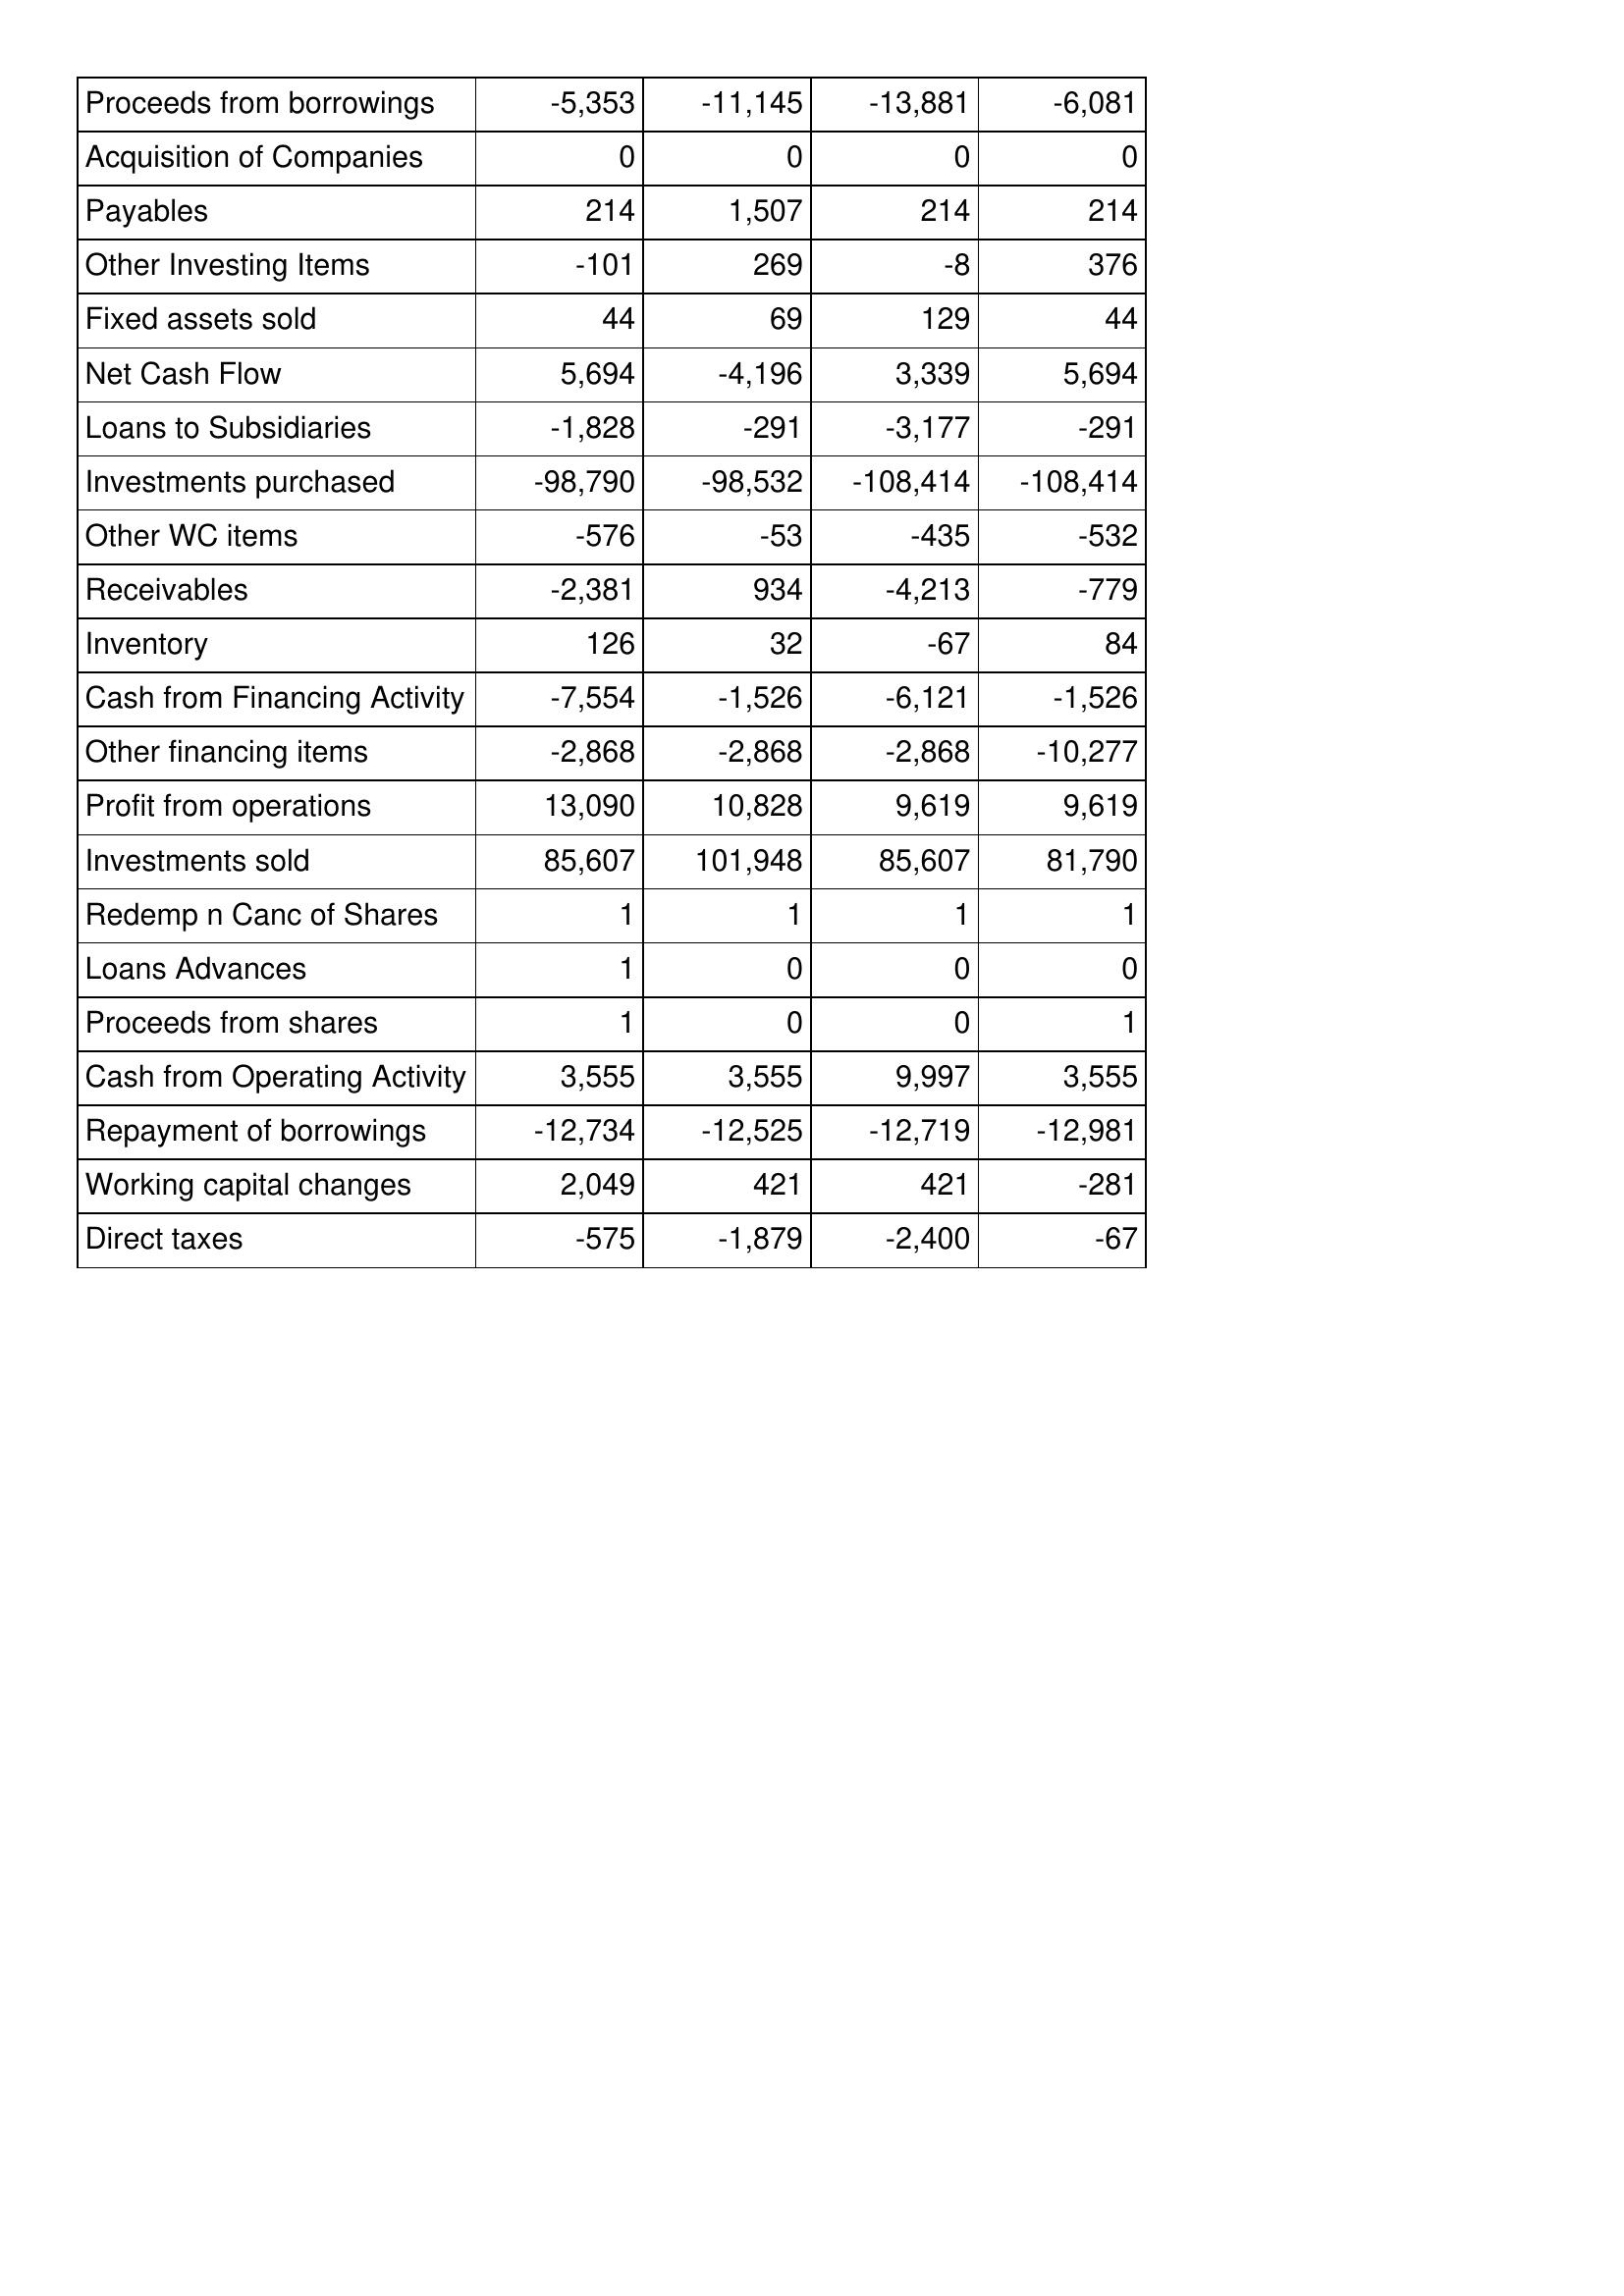
Oct-10: Cash Flows: Proceeds from borrowings: -5,353
Acquisition of Companies: 0
Payables: 214
Other Investing Items: -101
Fixed assets sold: 44
Net Cash Flow: 5,694
Loans to Subsidiaries: -1,828
Investments purchased: -98,790
Other WC items: -576
Receivables: -2,381
Inventory: 126
Cash from Financing Activity: -7,554
Other financing items: -2,868
Profit from operations: 13,090
Investments sold: 85,607
Redemp n Canc of Shares: 1
Loans Advances: 1
Proceeds from shares: 1
Cash from Operating Activity: 3,555
Repayment of borrowings: -12,734
Working capital changes: 2,049
Direct taxes: -575
Oct-11: Cash Flows: Proceeds from borrowings: -11,145
Acquisition of Companies: 0
Payables: 1,507
Other Investing Items: 269
Fixed assets sold: 69
Net Cash Flow: -4,196
Loans to Subsidiaries: -291
Investments purchased: -98,532
Other WC items: -53
Receivables: 934
Inventory: 32
Cash from Financing Activity: -1,526
Other financing items: -2,868
Profit from operations: 10,828
Investments sold: 101,948
Redemp n Canc of Shares: 1
Loans Advances: 0
Proceeds from shares: 0
Cash from Operating Activity: 3,555
Repayment of borrowings: -12,525
Working capital changes: 421
Direct taxes: -1,879
Oct-12: Cash Flows: Proceeds from borrowings: -13,881
Acquisition of Companies: 0
Payables: 214
Other Investing Items: -8
Fixed assets sold: 129
Net Cash Flow: 3,339
Loans to Subsidiaries: -3,177
Investments purchased: -108,414
Other WC items: -435
Receivables: -4,213
Inventory: -67
Cash from Financing Activity: -6,121
Other financing items: -2,868
Profit from operations: 9,619
Investments sold: 85,607
Redemp n Canc of Shares: 1
Loans Advances: 0
Proceeds from shares: 0
Cash from Operating Activity: 9,997
Repayment of borrowings: -12,719
Working capital changes: 421
Direct taxes: -2,400
Oct-13: Cash Flows: Proceeds from borrowings: -6,081
Acquisition of Companies: 0
Payables: 214
Other Investing Items: 376
Fixed assets sold: 44
Net Cash Flow: 5,694
Loans to Subsidiaries: -291
Investments purchased: -108,414
Other WC items: -532
Receivables: -779
Inventory: 84
Cash from Financing Activity: -1,526
Other financing items: -10,277
Profit from operations: 9,619
Investments sold: 81,790
Redemp n Canc of Shares: 1
Loans Advances: 0
Proceeds from shares: 1
Cash from Operating Activity: 3,555
Repayment of borrowings: -12,981
Working capital changes: -281
Direct taxes: -67